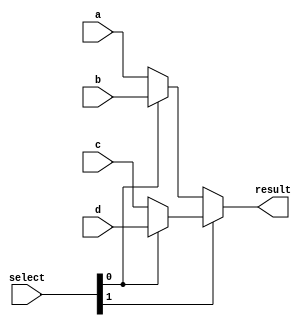
module MUX4_64(
            input[63:0] a, b, c, d,    //00 01 10 11
            input[1:0] select,
            output[63:0] result);      // output 

assign result = select[1] ? (select[0] ? d : c) : (select[0] ? b : a); 

endmodule